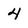
Character: 4